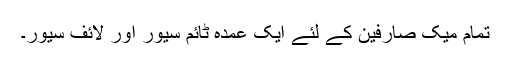
تمام میک صارفین کے لئے ایک عمدہ ٹائم سیور اور لائف سیور۔